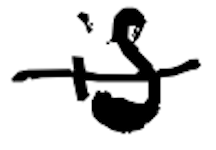
Text: is
Cross-out: single-line
Writing tool: digital_black